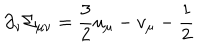
LaTeX: \partial _ { \nu } \Sigma _ { \mu \nu } = { \frac { 3 } { 2 } } u _ { \mu } - v _ { \mu } - { \frac { 1 } { 2 } }